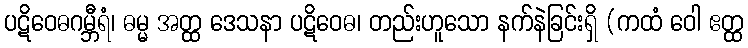
ပဋိဝေဓဂမ္ဘီရံ၊ ဓမ္မ အတ္ထ ဒေသနာ ပဋိဝေဓ၊ တည်းဟူသော နက်နဲခြင်းရှိ (ကထံ ဝေါ ဧတ္ထ